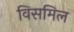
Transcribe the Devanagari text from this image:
विसमिल